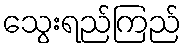
သွေးရည်ကြည်